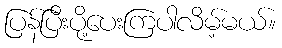
ပြန်ပြီးပို့ပေးကြပါလိမ့်မယ်။